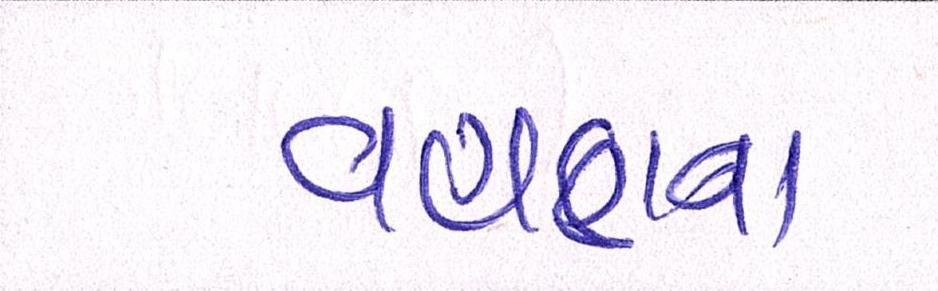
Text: વહાણના